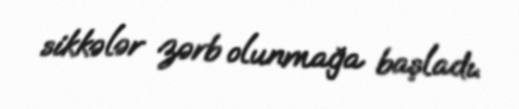
sikkələr zərb olunmağa başladı.